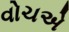
વોચએ